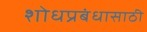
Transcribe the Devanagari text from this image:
शोधप्रबंधासाठी